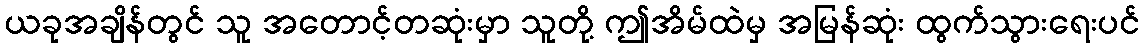
ယခုအချိန်တွင် သူ အတောင့်တဆုံးမှာ သူတို့ ဤအိမ်ထဲမှ အမြန်ဆုံး ထွက်သွားရေးပင်